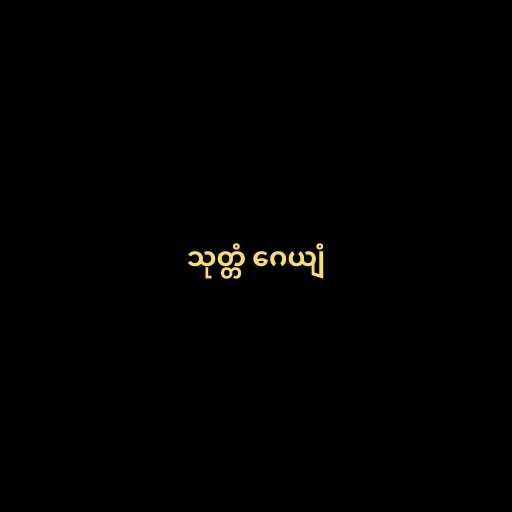
သုတ္တံ ဂေယျံ